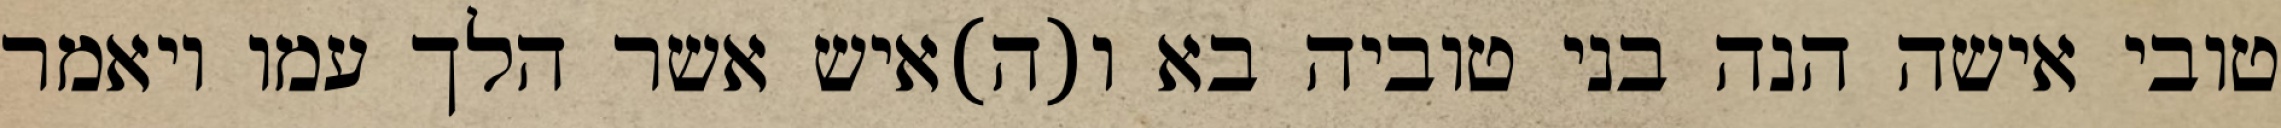
טובי אישה הנה בני טוביה בא ו(ה)איש אשר הלך עמו ויאמר